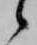
候